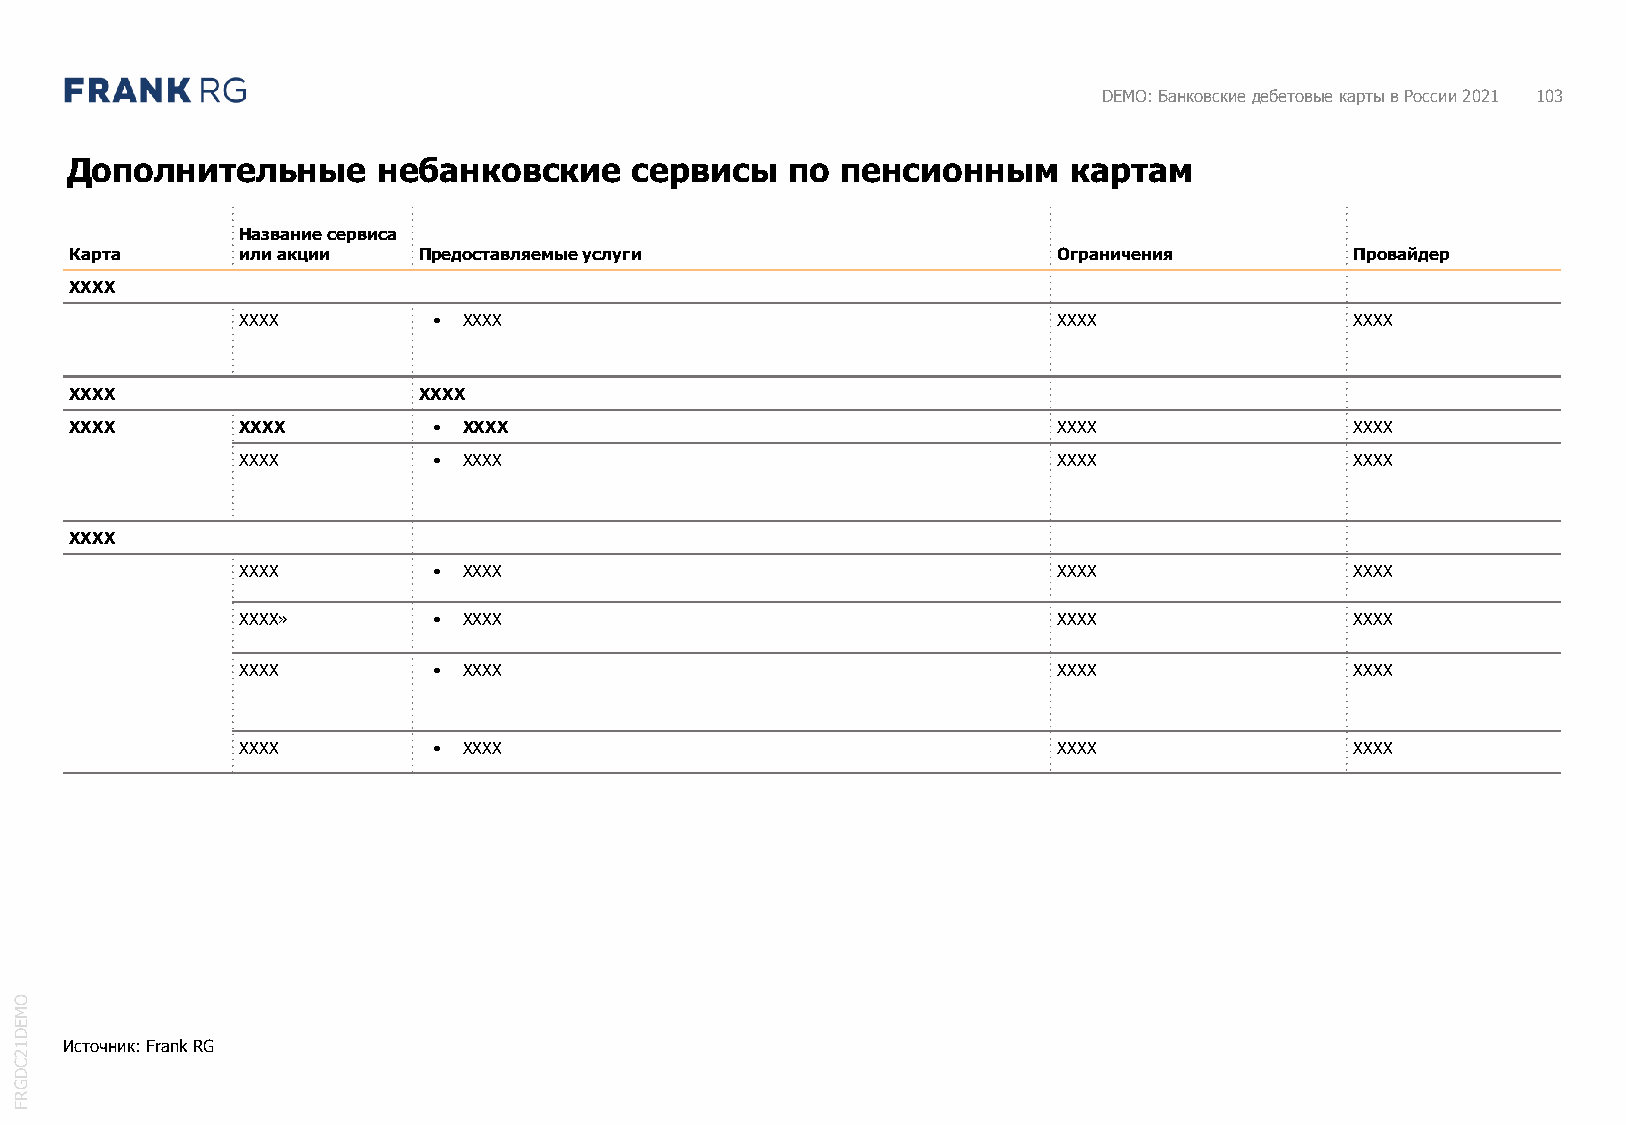
DEMO: Банковские дебетовые карты в России 2021 103
 Дополнительные       небанковские     сервисы   по  пенсионным     картам
 Название сервиса
 Карта      или акции   Предоставляемые услуги                    Ограничения         Провайдер
 XXXX
 XXXX         • XXXX                                   XXXX                XXXX
 XXXX                   XXXX
 XXXX       XXXX         • XXXX                                   XXXX                XXXX
 XXXX         • XXXX                                   XXXX                XXXX
 XXXX
 XXXX         • XXXX                                   XXXX                XXXX
 XXXX»        • XXXX                                   XXXX                XXXX
 XXXX         • XXXX                                   XXXX                XXXX
 XXXX         • XXXX                                   XXXX                XXXX
 O
 M
 E
 D
 1  Источник: Frank RG
 2
 C
 D
 G
 R
 F